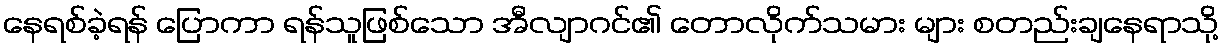
နေရစ်ခဲ့ရန် ပြောကာ ရန်သူဖြစ်သော အီလျာဂင်၏ တောလိုက်သမား များ စတည်းချနေရာသို့